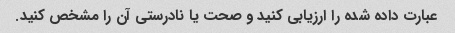
عبارت داده شده را ارزیابی کنید و صحت یا نادرستی آن را مشخص کنید.